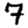
Digit: 7